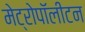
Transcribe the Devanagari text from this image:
मेट्रोपॉलीटन